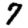
Digit: 7